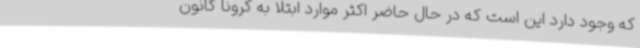
که وجود دارد این است که در حال حاضر اکثر موارد ابتلا به کرونا کانون